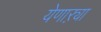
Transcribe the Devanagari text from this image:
येणाऱ्या